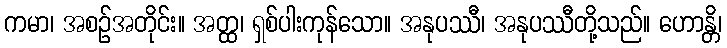
ကမာ၊ အစဉ်အတိုင်း။ အတ္ထ၊ ရှစ်ပါးကုန်သော။ အနုပဿီ၊ အနုပဿီတို့သည်။ ဟောန္တိ၊